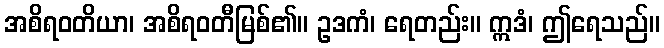
အစိရဝတိယာ၊ အစိရဝတီမြစ်၏။ ဥဒကံ၊ ရေတည်း။ ဣဒံ၊ ဤရေသည်။